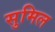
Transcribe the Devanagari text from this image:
सुमिल